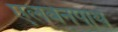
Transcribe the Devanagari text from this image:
एलवेनपाथ